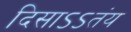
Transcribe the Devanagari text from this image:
दिसाऽऽतंय